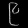
Digit: ၉